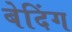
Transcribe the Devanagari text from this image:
बेदिंग